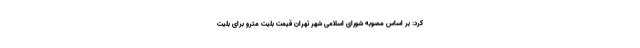
کرد: بر اساس مصوبه شورای اسلامی شهر تهران قیمت بلیت مترو برای بلیت